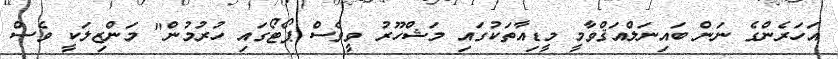
އަހަރެންގެ ނަން ބައިނަލްއަޤްވާމީ މީޑިއާތަކުގައި މަޝްހޫރު ވީވެސް ޕޯޓޯގައި ހުރުމުން" މަންޒިލަކީ ވެސް